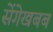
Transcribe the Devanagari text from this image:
सेंगेखबब